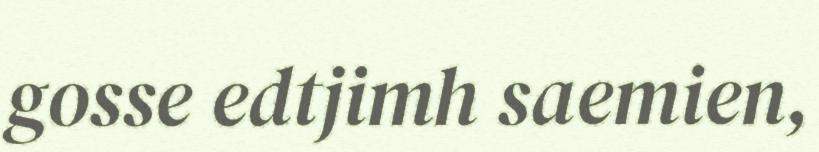
gosse edtjimh saemien,